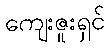
ကျေးဇူးရှင်